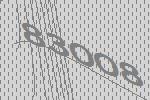
83008